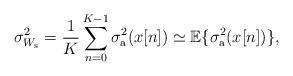
LaTeX: \begin{align*} \sigma_{W_{\rm s}}^2 =\frac{1}{K} \sum_{n=0}^{K-1} \sigma_{\rm a}^2(x[n]) \simeq \mathbb{E}\{\sigma_{\rm a}^2(x[n])\},\end{align*}